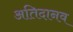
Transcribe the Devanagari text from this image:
अतिदानव